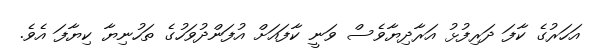
އަހަރުގެ ކާފަ ދަރިފުޅު އަރާދިޔާވެސް ވަނީ ކާފައަށް އުފަންދުވަހުގެ ތަހުނިޔާ ކިޔާފަ އެވެ.